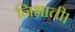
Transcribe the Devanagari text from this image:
निभाती।